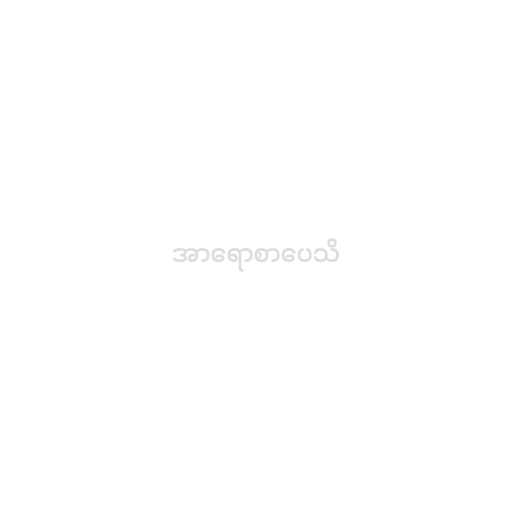
အာရောစာပေသိ